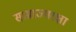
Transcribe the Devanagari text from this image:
साम्राज्यरक्षा